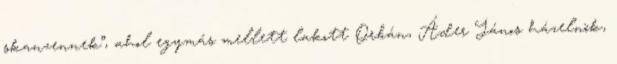
skanzennek”, ahol egymás mellett lakott Orbán, Áder János házelnök,